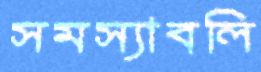
সমস্যাবলি